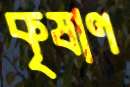
কৃষাণ